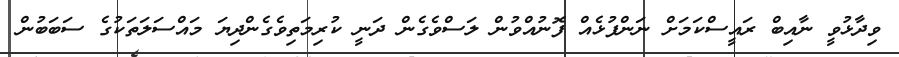
ވިދާޅުވީ ނާއިބް ރައީސްކަމަށް ނަންފުޅެއް ފޮނުއްވުން ލަސްވެގެން ދަނީ ކުރިމަތިވެގެންދިޔަ މައްސަލަތަކުގެ ސަބަބުން